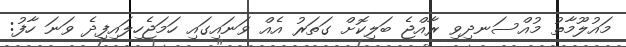
މައުލޫމާތު މުއްސަނދިވި ރާއްޖެ ބަލިކޮށް ގަތަރު އެއް ވަނައިގައި ހަަަމަޖެހިލައިފިދެ ވަނަ ހާފު: